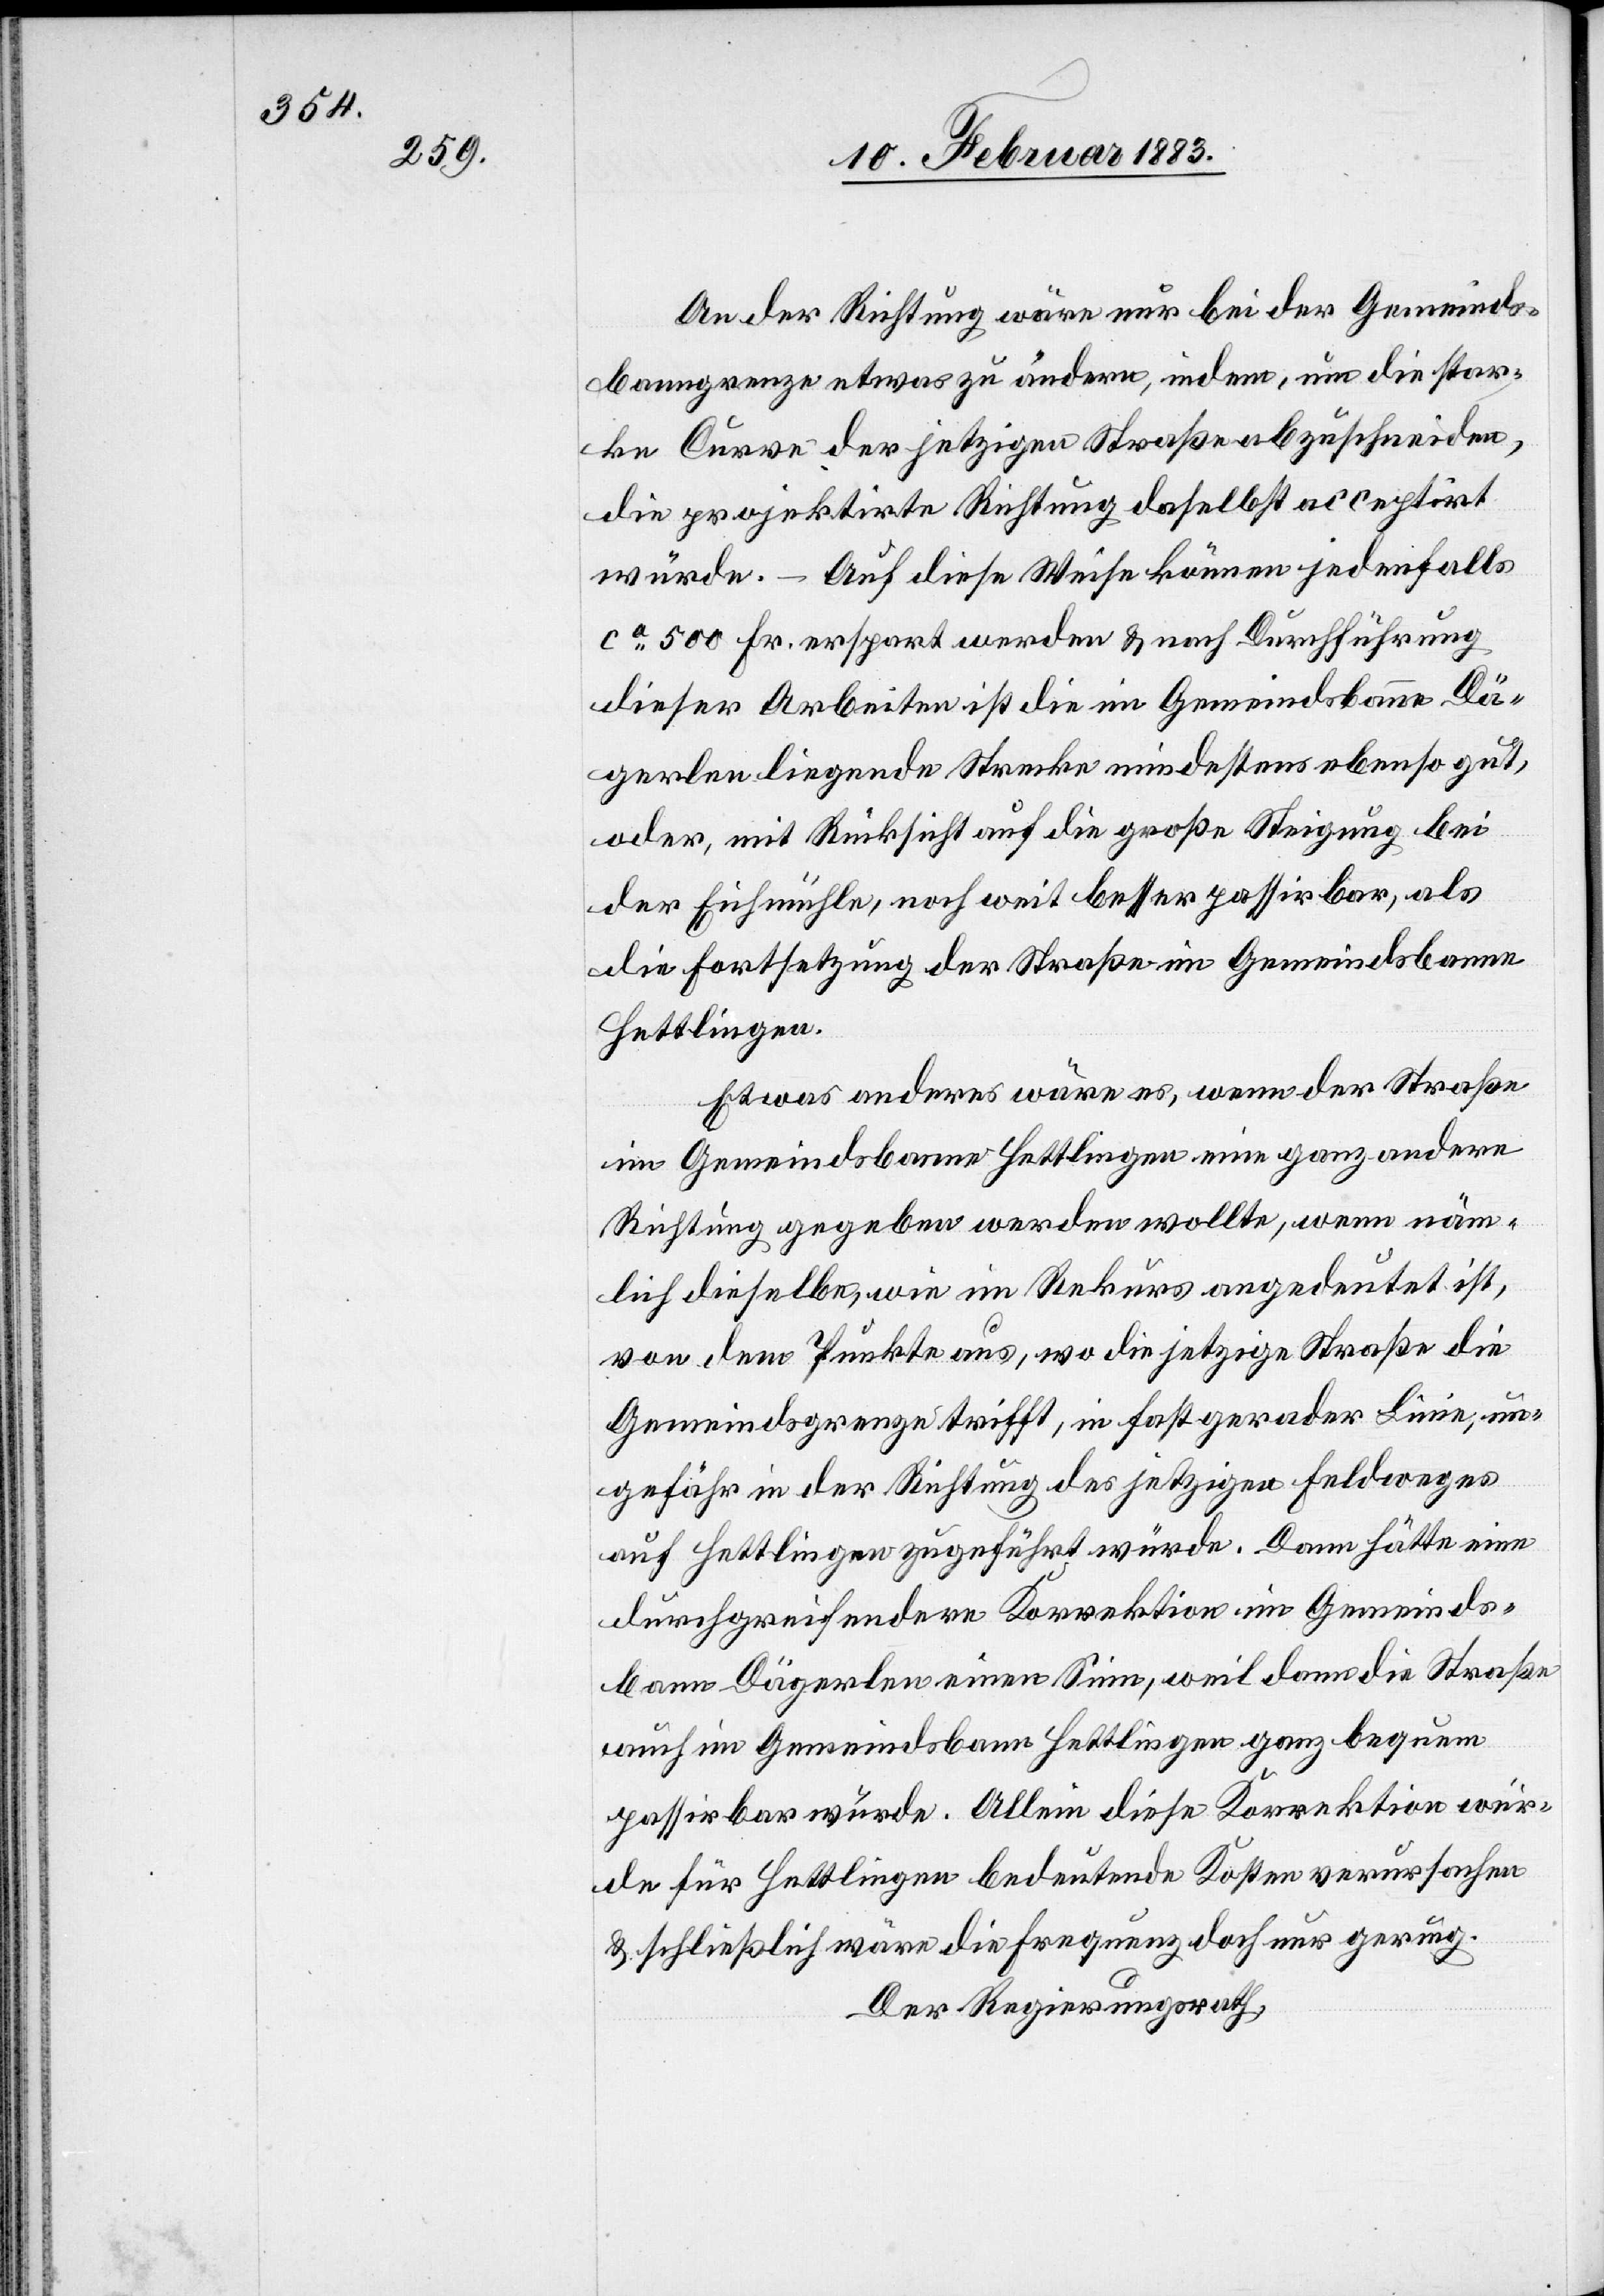
An der Richtung wäre nur bei der Gemeinds¬
banngrenze etwas zu ändern, indem, um die star¬
ke Curve der jetzigen Straße abzuschneiden,
die projektirte Richtung daselbst acceptirt
würde. – Auf diese Weise können jedenfalls
ca 500 Fr. erspart werden & nach Durchführung
dieser Arbeiten ist die im Gemeindsbanne Dä¬
gerlen liegende Strecke mindestens ebenso gut,
oder, mit Rücksicht auf die große Steigung bei
der Eichmühle, noch weit besser passirbar, als
die Fortsetzung der Straße im Gemeindsbann
Hettlingen.
Etwas anderes wäre es, wenn der Straße
im Gemeindsbann Hettlingen eine ganz andere
Richtung gegeben werden wollte, wenn näm¬
lich dieselbe, wie im Rekurs angedeutet ist,
von dem Punkte aus, wo die jetzige Straße die
Gemeindsgrenze trifft, in fast gerader Linie, un¬
gefähr in der Richtung des jetzigen Feldweges
auf Hettlingen zugeführt würde. Dann hätte eine
durchgreifendere Korrektion im Gemeinds¬
bann Dägerlen einen Sinn, weil dann die Straße
auch im Gemeindsbann Hettlingen ganz bequem
passirbar würde. Allein diese Korrektion wür¬
de für Hettlingen bedeutende Kosten verursachen
& schließlich wäre die Frequenz doch nur gering.
Der Regierungsrath,